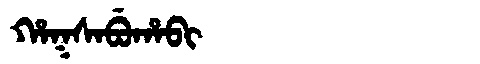
Manchu: ᡥᠠᡴᠰᠠᠪᡠᡥᠠᠪᡳ
Romanization: HAKSABUHABI